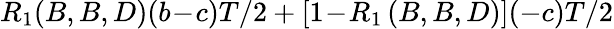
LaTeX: R_{1}(B,B,D)(b\! -\! c)T/2+\left[1\! -\! R_{1}\left(B,B,D\right)\right](-c)T/2